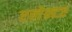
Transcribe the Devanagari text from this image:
एलेक्टर